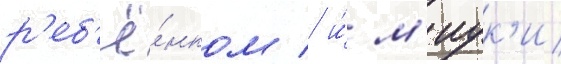
р'еб'ё́нком / и́ м'иук'и